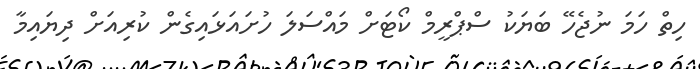
ހިތް ހަމަ ނުޖެހޭ ބަޔަކު ސްޕްރީމް ކޯޓަށް މައްސަލަ ހުށައަޅައިގެން ކުރިއަށް ދިޔައިމާ